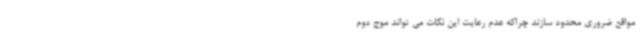
مواقع ضروری محدود سازند چراکه عدم رعایت این نکات می تواند موج دوم